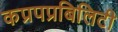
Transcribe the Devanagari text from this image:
कप्रपप्रबिलिटी